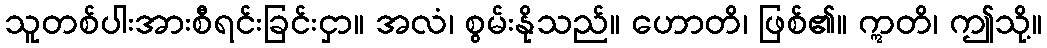
သူတစ်ပါးအားစီရင်းခြင်းငှာ။ အလံ၊ စွမ်းနိုသည်။ ဟောတိ၊ ဖြစ်၏။ ဣတိ၊ ဤသို့။